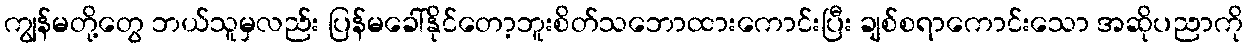
ကျွန်မတို့တွေ ဘယ်သူမှလည်း ပြန်မခေါ်နိုင်တော့ဘူးစိတ်သဘောထားကောင်းပြီး ချစ်စရာကောင်းသော အဆိုပညာကို